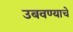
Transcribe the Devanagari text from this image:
उबवण्याचे